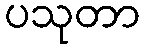
ပသုတာ